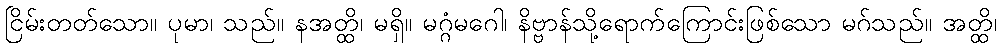
ငြိမ်းတတ်သော။ ပုမာ၊ သည်။ နအတ္ထိ၊ မရှိ။ မဂ္ဂံမဂေါ၊ နိဗ္ဗာန်သို့ရောက်ကြောင်းဖြစ်သော မဂ်သည်။ အတ္ထိ၊